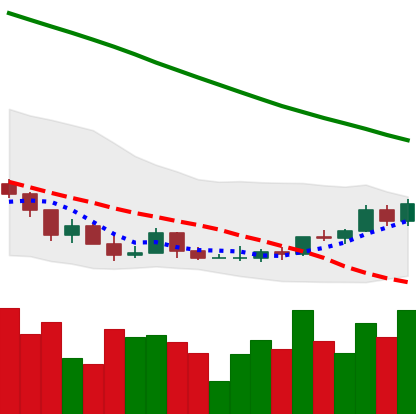
Ticker: ADA-USD
Chart end date: 2022-03-21
Forward return: 25.504%
Label: up_7plus